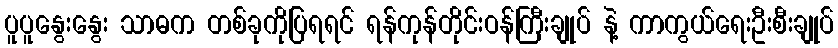
ပူပူနွေးနွေး သာဓက တစ်ခုကိုပြရရင် ရန်ကုန်တိုင်းဝန်ကြီးချုပ် နဲ့ ကာကွယ်ရေးဦးစီးချုပ်